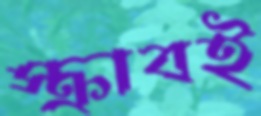
স্ক্রাবই